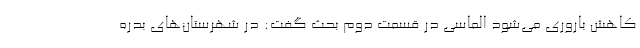
کاهش باروری می‌شود الماسی در قسمت دوم بحث گفت: در شهرستان‌های بدره